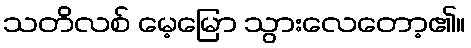
သတိလစ် မေ့မြော သွားလေတော့၏။